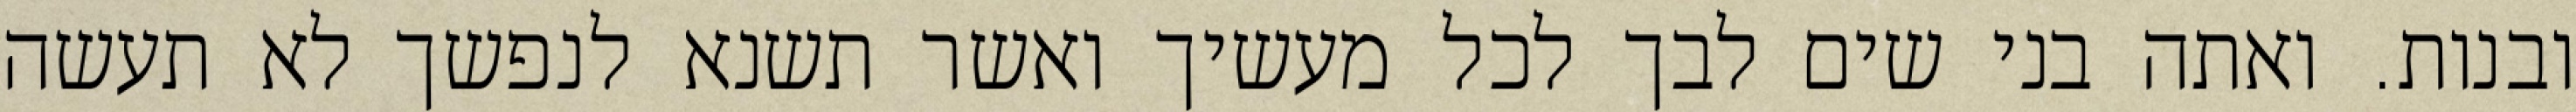
ובנות. ואתה בני שים לבך לכל מעשיך ואשר תשנא לנפשך לא תעשה